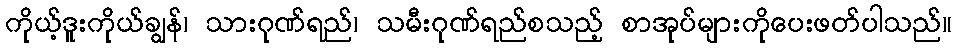
ကိုယ့်ဒူးကိုယ်ချွန်၊ သားဂုဏ်ရည်၊ သမီးဂုဏ်ရည်စသည့် စာအုပ်များကိုပေးဖတ်ပါသည်။